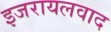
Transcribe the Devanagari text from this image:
इजरायलवाद